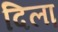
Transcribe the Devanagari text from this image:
दिला़